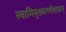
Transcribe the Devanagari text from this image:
स्वामिमुख्यगणेशाद्यान्